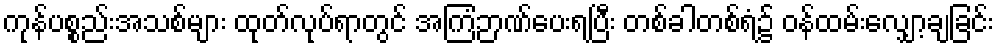
ကုန်ပစ္စည်းအသစ်များ ထုတ်လုပ်ရာတွင် အကြံဉာဏ်ပေးရပြီး တစ်ခါတစ်ရံ၌ ဝန်ထမ်းလျှော့ချခြင်း